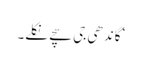
‘ گاندھی جی سچے نکلے۔